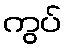
ကွပ်